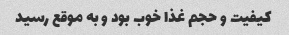
کیفیت و حجم غذا خوب بود و به موقع رسید